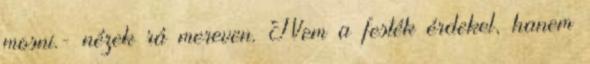
mosni.- nézek rá mereven. Nem a festék érdekel, hanem